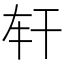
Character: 𢆐